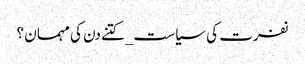
نفرت کی سیاست_ کتنے دن کی مہمان ؟